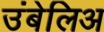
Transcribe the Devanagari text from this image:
उंबेलिअ